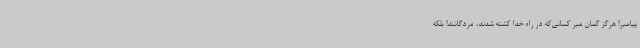
پیامبر! هرگز گمان مبر کسانی‌که در راه خدا کشته شدند، مردگانند! بلکه